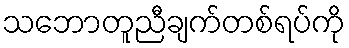
သဘောတူညီချက်တစ်ရပ်ကို